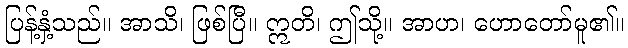
ပြန့်နှံ့သည်။ အာသိ၊ ဖြစ်ပြီ။ ဣတိ၊ ဤသို့။ အာဟ၊ ဟောတော်မူ၏။